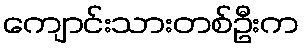
ကျောင်းသားတစ်ဦးက